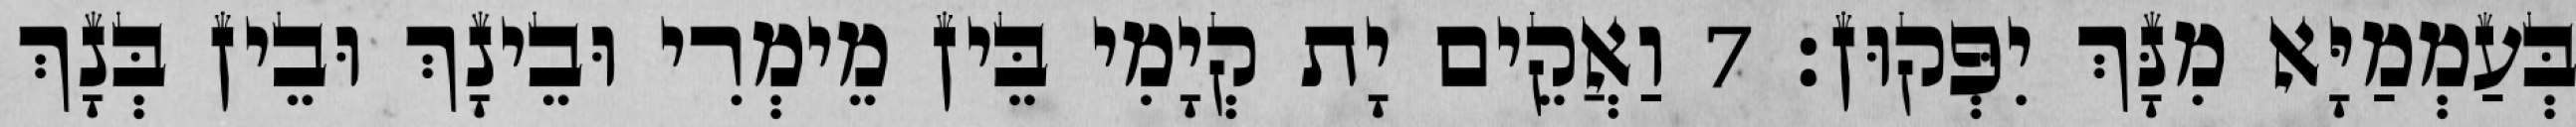
בְּעַמְמַיָּא מִנָּךְ יִפְּקוּן׃ 7 וַאֲקֵים יָת קְיָמִי בֵּין מֵימְרִי וּבֵינָךְ וּבֵין בְּנָךְ